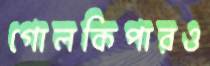
গোলকিপারও